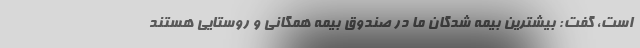
است، گفت: بیشترین بیمه شدگان ما در صندوق بیمه همگانی و روستایی هستند